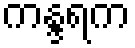
ကန္ဒရက